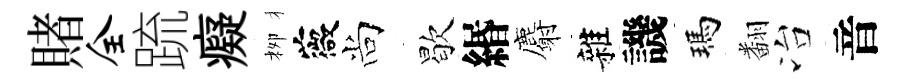
賭全䟽癡栁薇尚歇緡麝雜譏瑪翻冶音